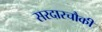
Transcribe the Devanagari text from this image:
सरदारचौकी